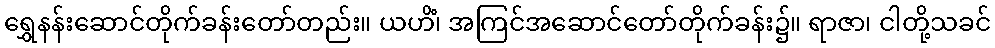
ရွှေနန်းဆောင်တိုက်ခန်းတော်တည်း။ ယဟိံ၊ အကြင်အဆောင်တော်တိုက်ခန်း၌။ ရာဇာ၊ ငါတို့သခင်